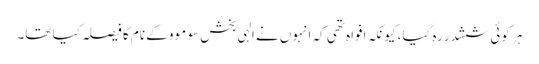
ہر کوئی ششدر رہ گیا، کیونکہ افواہ تھی کہ انہوں نے الہی بخش سو موو کے نام کا فیصلہ کیا تھا۔